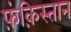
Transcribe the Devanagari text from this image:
फ़ंक़िस्तान